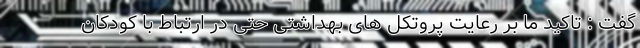
گفت : تاکید ما بر رعایت پروتکل های بهداشتی حتی در ارتباط با کودکان